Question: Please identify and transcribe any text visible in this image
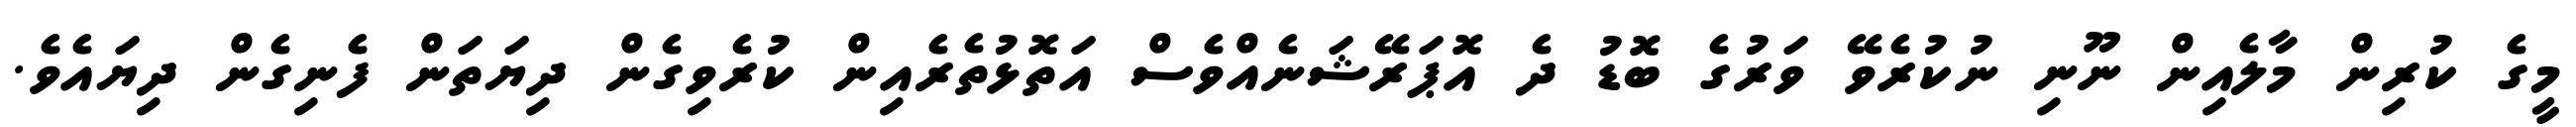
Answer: މީގެ ކުރިން މާލެއިން ނޫނި ނުކުރެވޭ ވަރުގެ ބޮޑު ދެ އޮޕަރޭޝަނެއްވެސް އަތޮޅުތެރެއިން ކުރެވިގެން ދިޔަތަން ފެނިގެން ދިޔައެވެ.